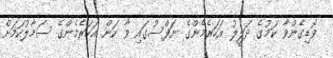
ވޮޑިގެންވާ ކަމުގެ ދަލީލު އަހަރެމެންގެ ނަފްސުގައި ވާ ކަން އަހަރެމެންގެ ސަމާލުކަމަށް